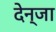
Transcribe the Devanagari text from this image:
देन्जा